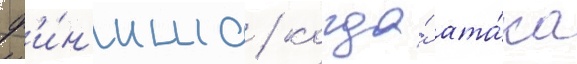
ф'и́н'иша / когда́ ата́ка